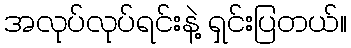
အလုပ်လုပ်ရင်းနဲ့ ရှင်းပြတယ်။